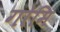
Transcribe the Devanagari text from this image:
गोमि